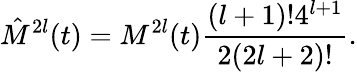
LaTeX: \hat{M}^{2l}(t)=M^{2l}(t)\frac{(l+1)!4^{l+1}}{2(2l+2)!}.